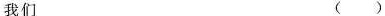
我们 ( )